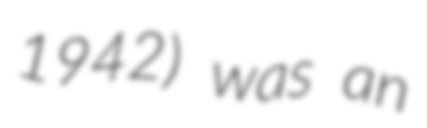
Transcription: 1942) was an